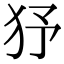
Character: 𤝉